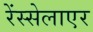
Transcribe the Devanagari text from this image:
रेंस्सेलाएर